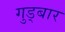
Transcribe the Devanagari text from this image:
गुड्बार